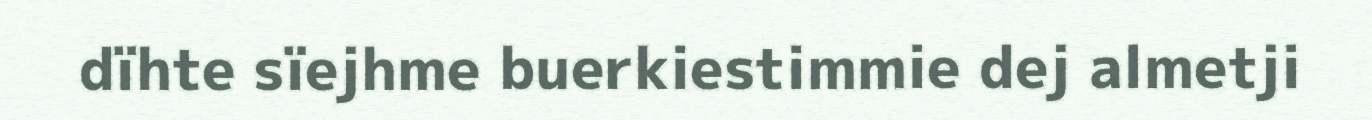
dïhte sïejhme buerkiestimmie dej almetji